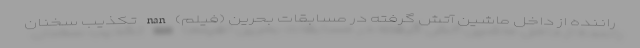
راننده از داخل ماشین آتش گرفته در مسابقات بحرین (فیلم) nan تکذیب سخنان